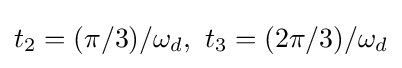
t_{2}=(\pi /3)/\omega _{d},\ t_{3}=(2\pi /3)/\omega _{d}